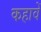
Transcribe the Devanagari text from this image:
कहावें